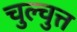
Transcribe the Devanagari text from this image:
चुल्चुत्त